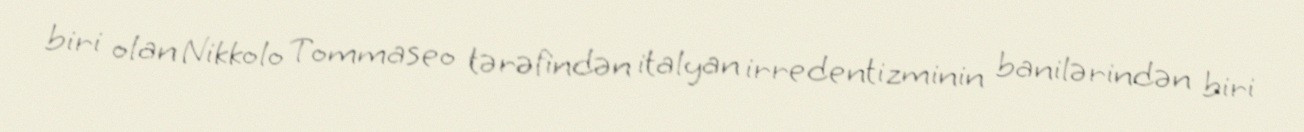
biri olan Nikkolo Tommaseo tərəfindən italyan irredentizminin banilərindən biri